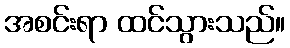
အစင်းရာ ထင်သွားသည်။